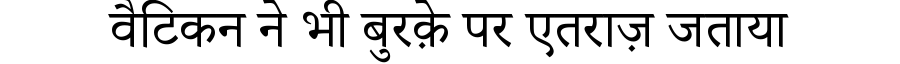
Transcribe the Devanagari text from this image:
वैटिकन ने भी बुरक़े पर एतराज़ जताया